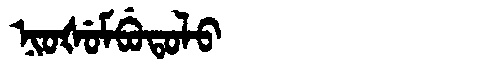
Manchu: ᠨᡳᠣᡧᡠᠮᠪᡠᡨᠣᠯᠣ
Romanization: NIOŠUMBUTOLO